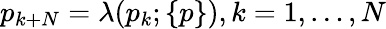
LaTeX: p_{k+N}=\lambda(p_{k};\{ p\} ),k=1,\ldots,N